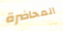
المحاضرة